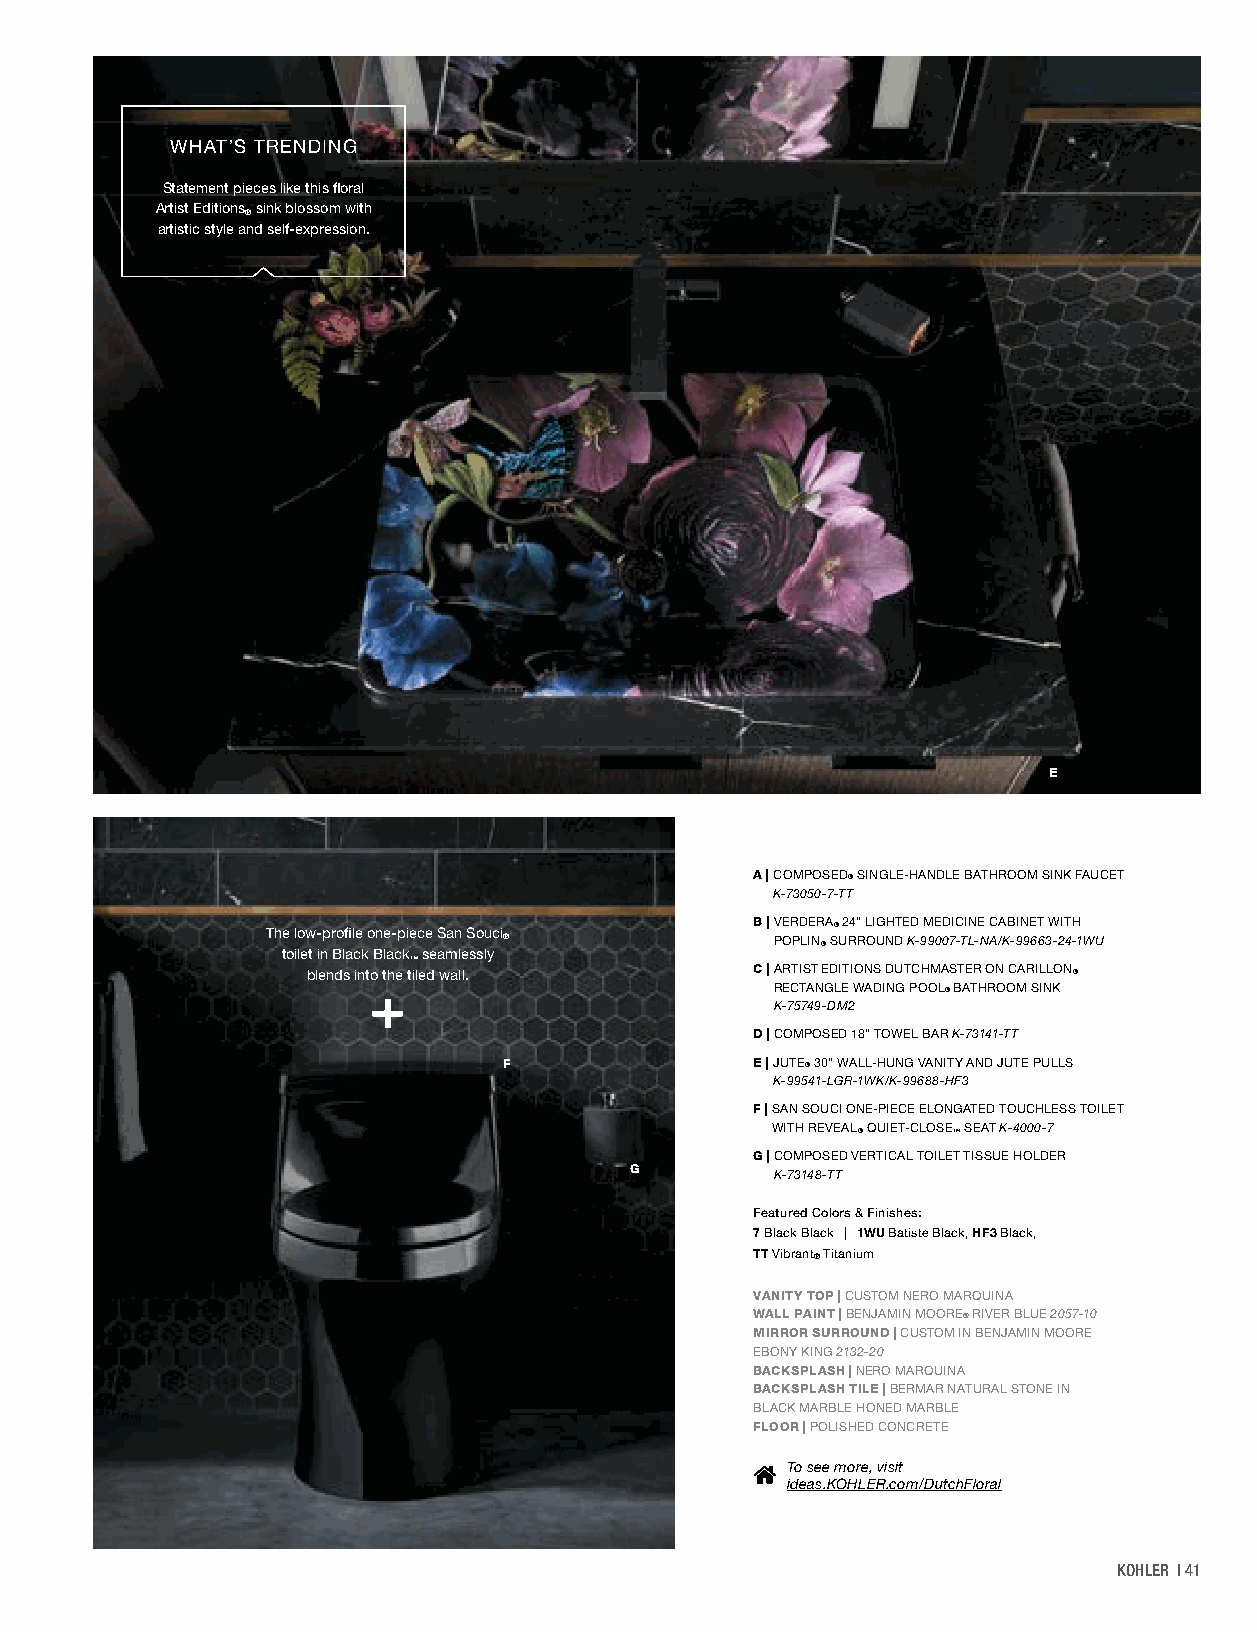
WHAT’S TRENDING
 Statement pieces like this floral
 Artist Editions sink blossom with
 ®
 artistic style and self-expression.
 E
 A | C OMPOSED® SINGLE-HANDLE BATHROOM SINK FAUCET
 K-73050-7-TT
 The low-profile one-piece San Souci
 B | V ERDERA® 24" LIGHTED MEDICINE CABINET WITH
 ®                 POPLIN® SURROUND K-99007-TL-NA/K-99663-24-1WU
 toilet in Black Black seamlessly
 ™
 blends into the tiled wall.   C | A RTIST EDITIONS DUTCHMASTER ON CARILLON®
 RECTANGLE WADING POOL® BATHROOM SINK
 K-75749-DM2
 D | C OMPOSED 18" TOWEL BAR K-73141-TT
 F                E | J UTE® 30" WALL-HUNG VANITY AND JUTE PULLS
 K-99541-LGR-1WK/K-99688-HF3
 F | S AN SOUCI ONE-PIECE ELONGATED TOUCHLESS TOILET
 WITH REVEAL® QUIET-CLOSE
 ™
 SEAT K-4000-7
 G | C OMPOSED VERTICAL TOILET TISSUE HOLDER
 G
 K-73148-TT
 Featured Colors & Finishes:
 7 Black Black | 1WU Batiste Black, HF3 Black,
 TT Vibrant® Titanium
 VANITY TOP | CUSTOM NERO MARQUINA
 WALL PAINT | BENJAMIN MOORE® RIVER BLUE 2057-10
 MIRROR SURROUND | CUSTOM IN BENJAMIN MOORE
 EBONY KING 2132-20
 BACKSPLASH | NERO MARQUINA
 BACKSPLASH TILE | BERMAR NATURAL STONE IN
 BLACK MARBLE HONED MARBLE
 FLOOR | POLISHED CONCRETE
 To see more, visit
 ideas.KOHLER.com/DutchFloral
 KOHLER | 41